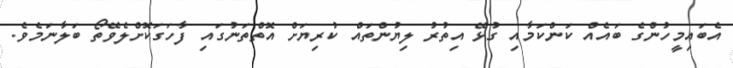
އެބައިމީހުންގެ ބައެއް ކަންކަމާއި ގުޅޭ އިތުރު ލިޔުންތައް ކުރިޔަށް އޮތްތަނުގައި ފާހަގަކޮށްލެވޭތޯ ބަލާނަމެވެ.